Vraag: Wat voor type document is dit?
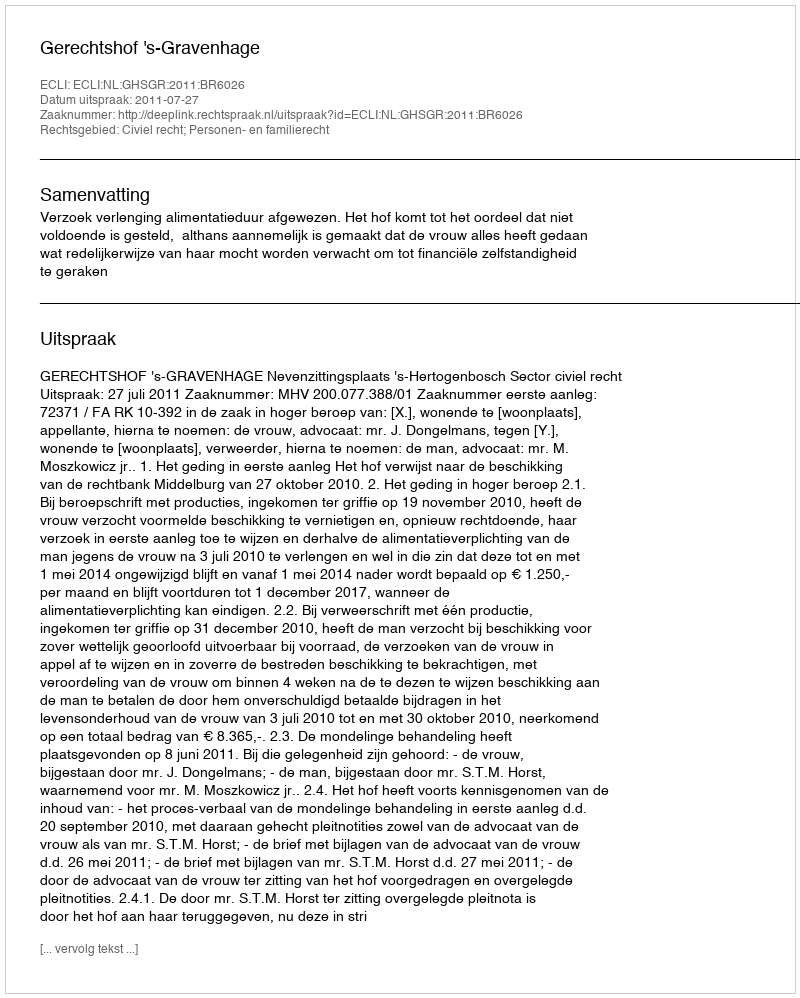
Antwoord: Uitspraak